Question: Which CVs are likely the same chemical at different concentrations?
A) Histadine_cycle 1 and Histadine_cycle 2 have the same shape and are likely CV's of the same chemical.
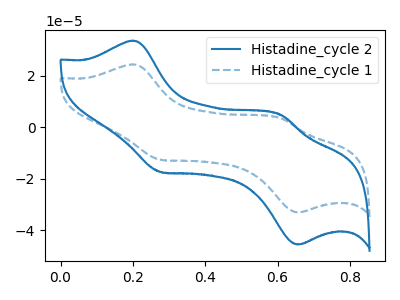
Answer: <think>The blue curve "Histadine_cycle 2" has anodic peaks at (0.20V, 33.70uA) (0.60V, 4.75uA) and cathodic peaks at (0.30V, -17.40uA) (0.65V, -45.60uA). The blue dashed curve "Histadine_cycle 1" has anodic peaks at (0.20V, 24.50uA) (0.60V, 3.45uA) and cathodic peaks at (0.30V, -12.65uA) (0.65V, -33.15uA).
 All the peaks in "Histadine_cycle 2" have a peak in "Histadine_cycle 1" at the same potential. Every peak in "Histadine_cycle 2" is higher than every peak in "Histadine_cycle 1".</think>
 <answer>A) "Histadine_cycle 1" and "Histadine_cycle 2" have the same shape and are likely CV's of the same chemical.</answer>
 <eval>A</eval>